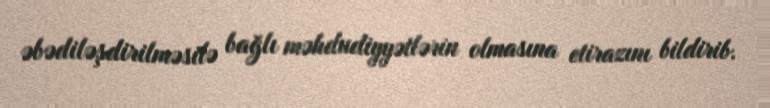
əbədiləşdirilməsilə bağlı məhdudiyyətlərin olmasına etirazını bildirib.